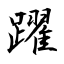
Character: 躍